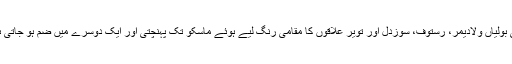
کئی بولیاں ولادیمر، رستوف، سوزدل اور تویر علاقوں کا مقامی رنگ لیے ہوئے ماسکو تک پہنچتی اور ایک دوسرے میں ضم ہو جاتی ہیں۔